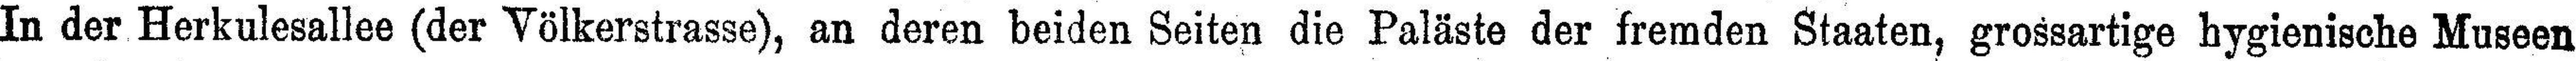
In der Herkulesallee (der Völkerstrasse), an deren beiden Seiten die Paläste der fremden Staaten, grossartige hygienische Museen